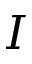
I